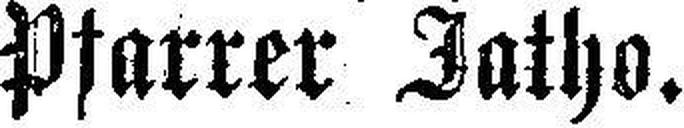
Pfarrer Jatho.